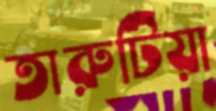
তারুটিয়া